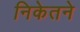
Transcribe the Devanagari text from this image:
निकेतने